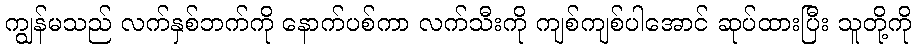
ကျွန်မသည် လက်နှစ်ဘက်ကို နောက်ပစ်ကာ လက်သီးကို ကျစ်ကျစ်ပါအောင် ဆုပ်ထားပြီး သူတို့ကို